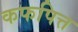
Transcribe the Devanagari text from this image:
कफपित्त